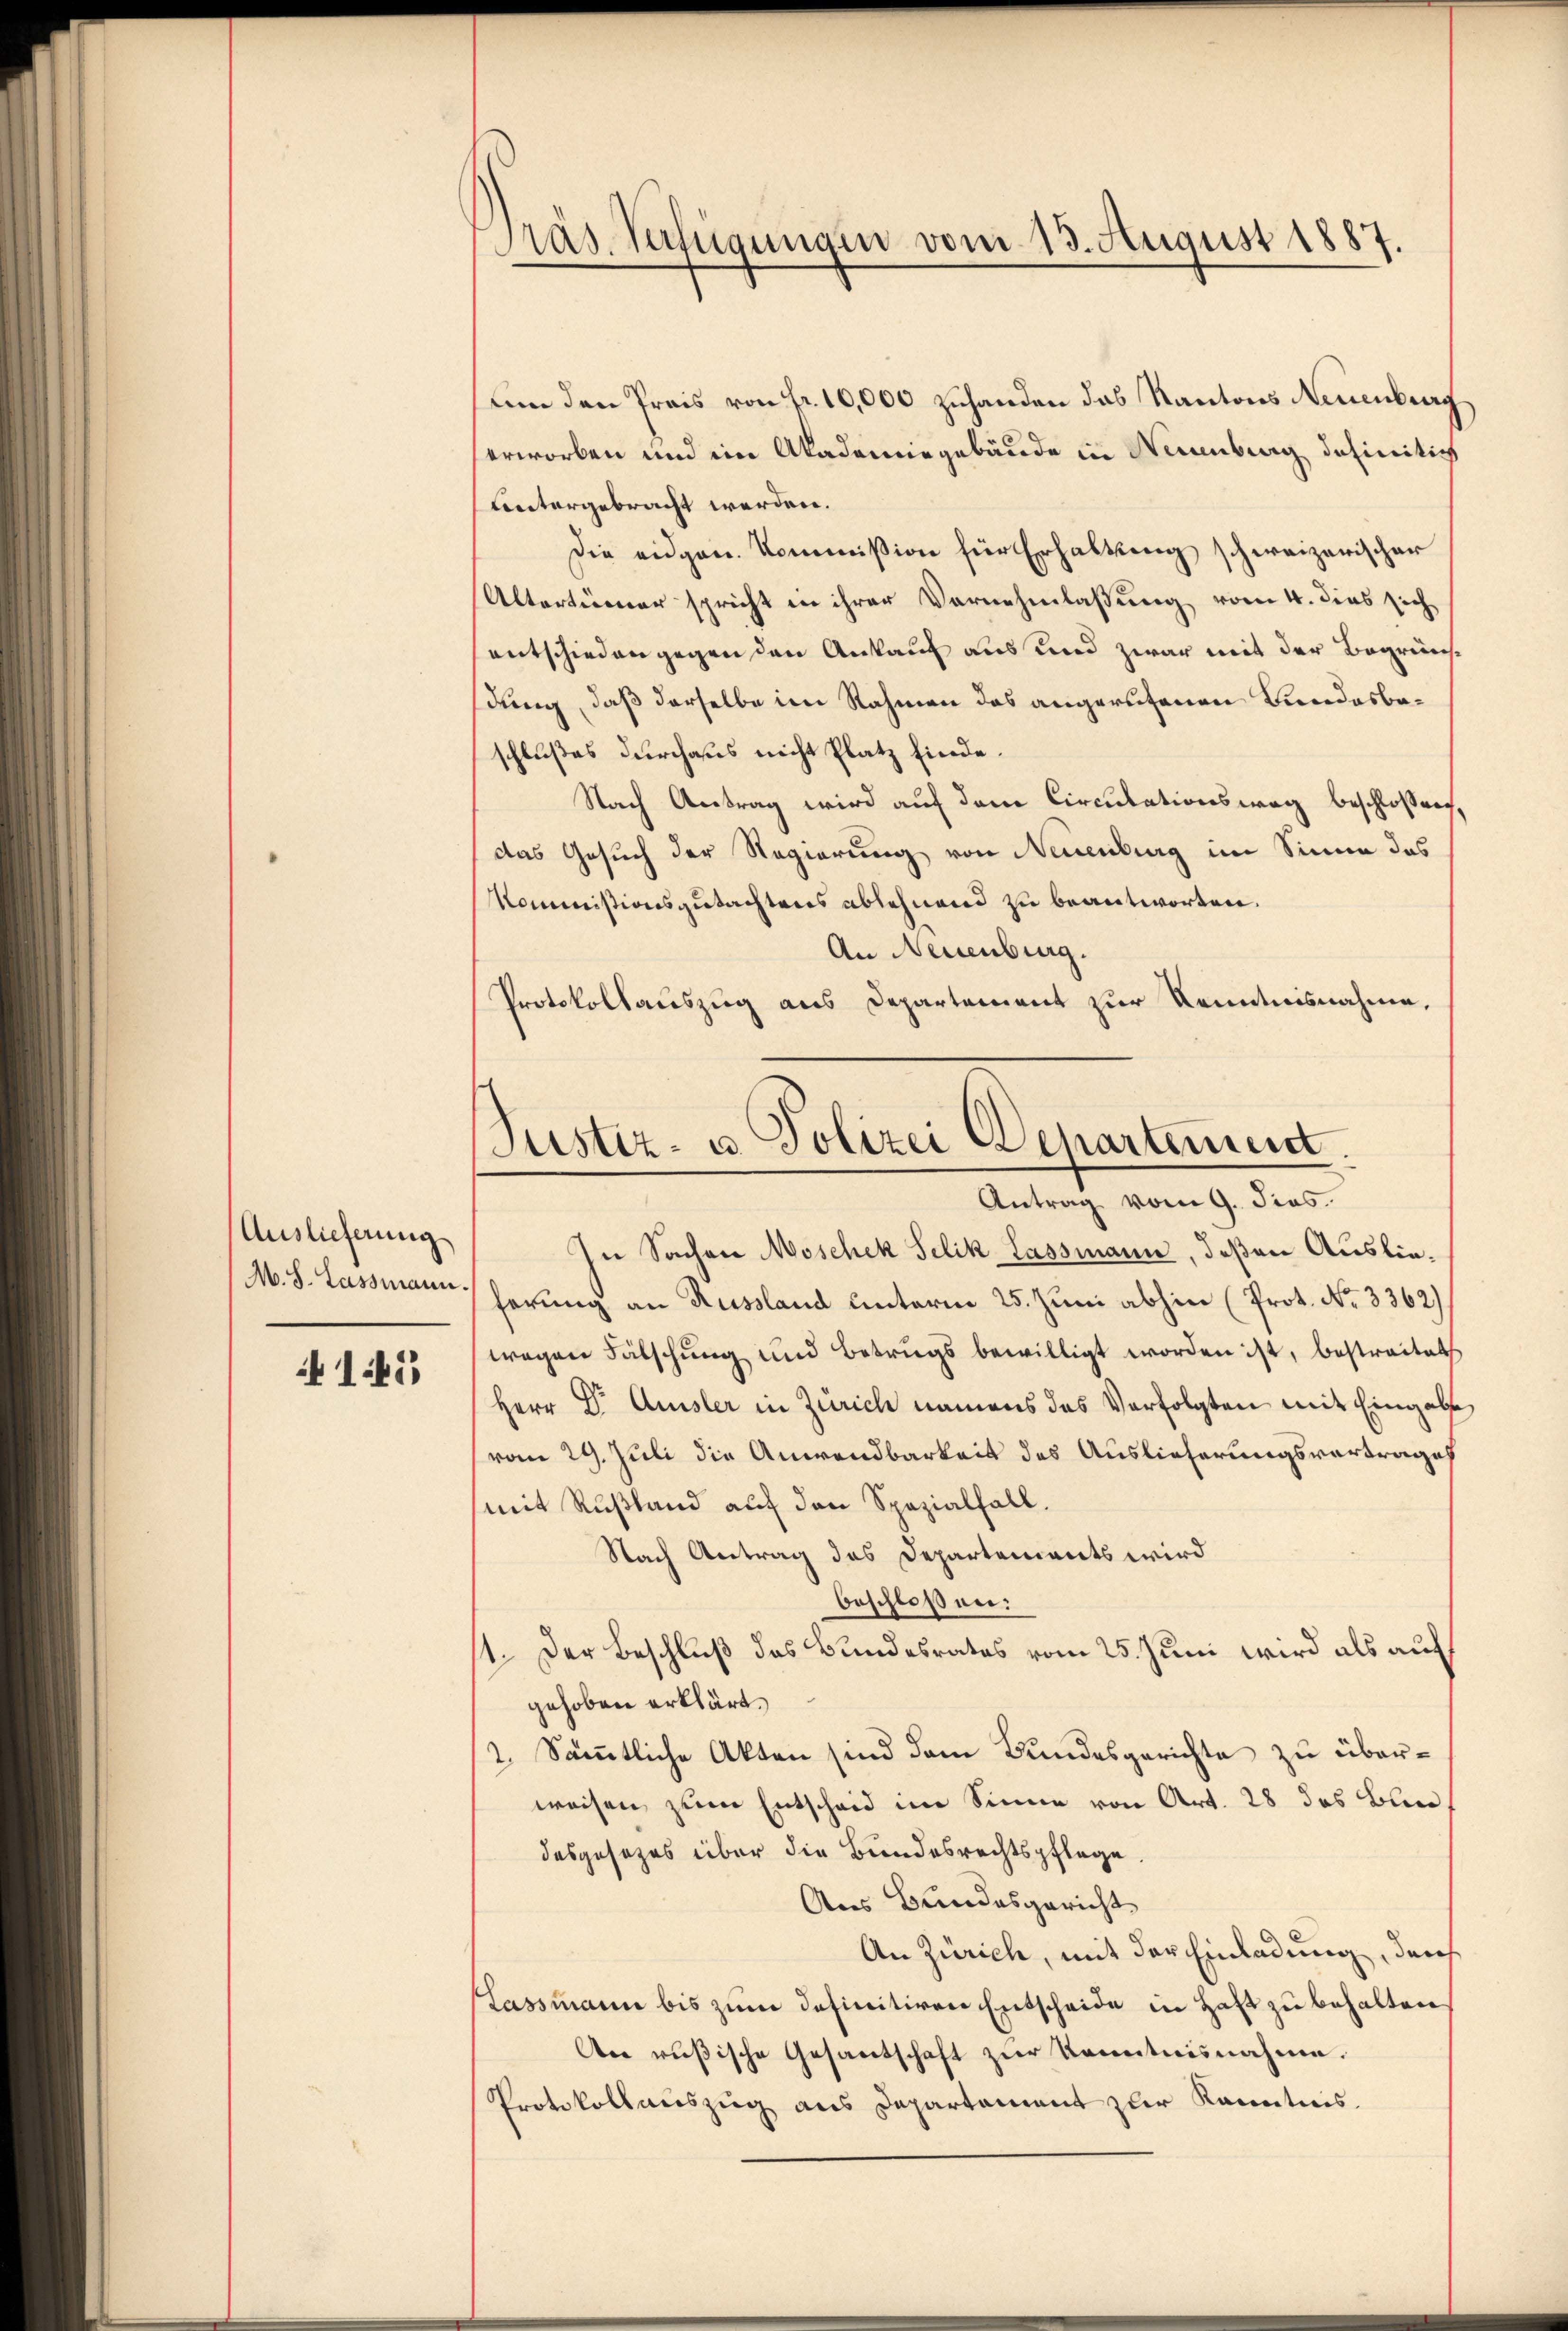
Auslieferung
M. S. Lassmann.

145

um den Preis von Fr. 10,000 zuhanden das Kantons Neuenburg
erworben und ein Akademie gebäude in Neuenburg definitiv
untergebracht werden.
Die eidgen. Kommission für Erhaltung schweizerischer
Altertümer spricht in ihrer Vernehmlassung vom 4. dies sich
entschieden gegen den Ankauf aus und zwar mit der Begrünsdung, daß derselbe im Rahmen das angerufenen Bundesbeschlußes durchaus nicht Platz finde.
Nach Antrag wird auf dem Circulationsweg beschloßen,
das Gesuch der Regierung von Neuenburg im Sinne das
Kommissionsgutachtens ablehnend zu beantworten.
An Neuenburg.
Protokollauszug aus Departement zur Kenntnisnahme,
Justiz- u. Polizei Departement

Präs. Verfügungen vom 13. August 1887.

Antrag vom 9. dies

In Sachen Moschek Selik Lassmann, deßen Auslieferung an Russland unterm 25. Juni abhin (Prot. No. 3362)
wegen Fälschung und Betrugs bewilligt worden ist, bestreitet
Herr Dr. Amsler in Zürich namens das Verfolgten mit Eingabs
vom 29. Juli die Anwendbarkeit des Auslieferungsvortrages
mit Rußland auf den Spezialfall.
Nach Antrag des Departements wird
beschloßen:
st. Der Beschluß des Bundesrates vom 25. Juni wird als auf
gehoben erklärt.
2. Sämmtliche Akten sind dem Bundesgerichte zu überweisen zum Entscheid im Sinne von Art. 28 das Bundesgesezes über die Bundesrechtspflege
Aus Bandesgericht
An Zürich, mit der Einladung, durch
Lassmann bis zum definitiven Entscheide in Haft zu behalten,
An rußische Gesantschaft zur Kenntnisnahme.
Protokollauszug aus Departement zur Kenntnis.